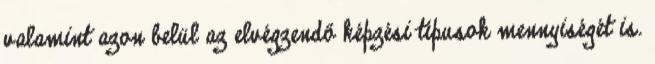
valamint azon belül az elvégzendő képzési típusok mennyiségét is.